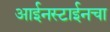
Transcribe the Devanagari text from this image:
आईनस्टाईनचा